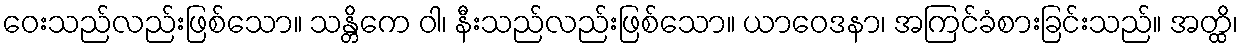
ဝေးသည်လည်းဖြစ်သော။ သန္တိကေ ဝါ၊ နီးသည်လည်းဖြစ်သော။ ယာဝေဒနာ၊ အကြင်ခံစားခြင်းသည်။ အတ္ထိ၊